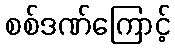
စစ်ဒဏ်ကြောင့်